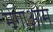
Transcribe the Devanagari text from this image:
मेगाओम